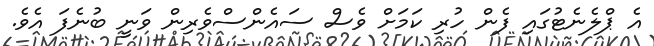
އެ ޕްލެނެޓުގައި ފެން ހުރި ކަމަށް ވެސް ސައެންސްވެރިން ވަނީ ބުނެފަ އެވެ.